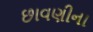
છાવણીના